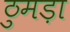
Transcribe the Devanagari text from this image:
ठुमड़ा